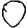
Digit: 0